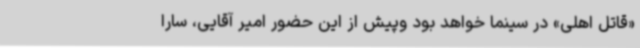
«قاتل اهلی» در سینما خواهد بود وپیش از این حضور امیر آقایی، سارا